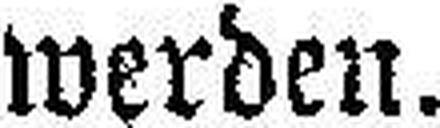
werden.